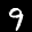
Label: 9